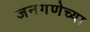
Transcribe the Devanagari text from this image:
जनगणेच्या